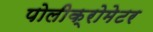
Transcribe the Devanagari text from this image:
पोलीक्रोमेटर